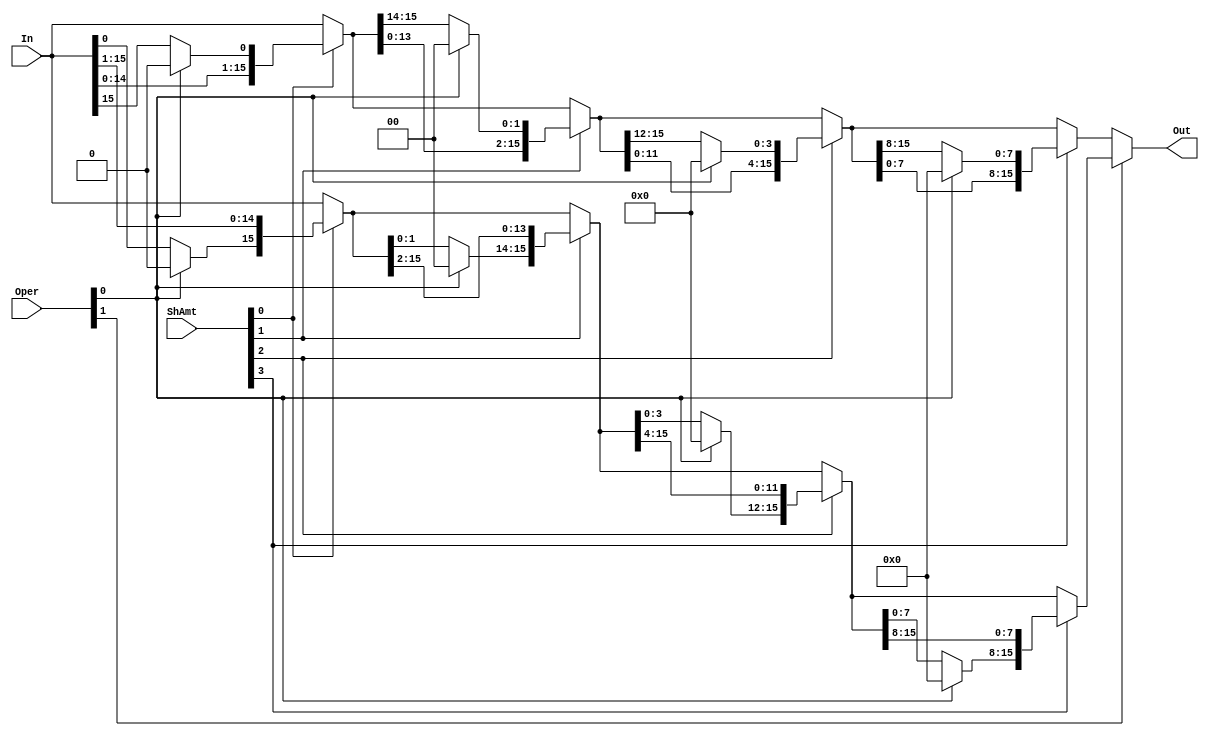
/*
    CS/ECE 552 Spring '22
    Homework #2, Problem 1
    
    A barrel shifter module.  It is designed to shift a number via rotate
    left, shift left, shift right arithmetic, or shift right logical based
    on the 'Oper' value that is passed in.  It uses these
    shifts to shift the value any number of bits.
 */
module shifter (In, ShAmt, Oper, Out);

    // declare constant for size of inputs, outputs, and # bits to shift
    parameter OPERAND_WIDTH = 16;
    parameter SHAMT_WIDTH   =  4;
    parameter NUM_OPERATIONS = 2;

    input  [OPERAND_WIDTH -1:0] In   ; // Input operand
    input  [SHAMT_WIDTH   -1:0] ShAmt; // Amount to shift/rotate
    input  [NUM_OPERATIONS-1:0] Oper ; // Operation type
    output [OPERAND_WIDTH -1:0] Out  ; // Result of shift/rotate

    /* YOUR CODE HERE */
    
    //Opcode /Operation/
    //00    //Rotate left
    //01    //Shift left
    //10    //Rotate right
    //11    //Shift right logical

    //right: Oper[0] = 0 shift right arithmetic(consider sign bit); Oper[0] = 1 shift right logic(ignore sign bit)
    wire [15:0] r_shift0, r_shift1, r_shift2, r_shift4, r_shift8;
    assign r_shift0 = In; 
    assign r_shift1 = ShAmt[0] ? {Oper[0] ? 1'h0  : r_shift0[0],   r_shift0[15:1]} : r_shift0; 
    assign r_shift2 = ShAmt[1] ? {Oper[0] ? 2'h0  : r_shift1[1:0], r_shift1[15:2]} : r_shift1; 
    assign r_shift4 = ShAmt[2] ? {Oper[0] ? 4'h0  : r_shift2[3:0], r_shift2[15:4]} : r_shift2; 
    assign r_shift8 = ShAmt[3] ? {Oper[0] ? 8'h00 : r_shift4[7:0], r_shift4[15:8]} : r_shift4;

    //left: Oper[0] = 0 rotate left; Oper[0] = 1 shift left
    wire [15:0] l_shift0, l_shift1, l_shift2, l_shift4, l_shift8;
    assign l_shift0 = In;
    assign l_shift1 = ShAmt[0] ? {l_shift0[14:0], Oper[0] ? 1'h0  : l_shift0[15:15]} : l_shift0; 
    assign l_shift2 = ShAmt[1] ? {l_shift1[13:0], Oper[0] ? 2'h0  : l_shift1[15:14]} : l_shift1; 
    assign l_shift4 = ShAmt[2] ? {l_shift2[11:0], Oper[0] ? 4'h0  : l_shift2[15:12]} : l_shift2; 
    assign l_shift8 = ShAmt[3] ? {l_shift4[07:0], Oper[0] ? 8'h00 : l_shift4[15:08]} : l_shift4;

    assign Out = Oper[1] ? r_shift8 : l_shift8;
   
endmodule